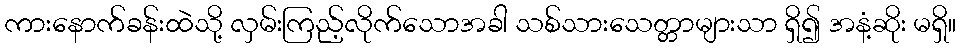
ကားနောက်ခန်းထဲသို့ လှမ်းကြည့်လိုက်သောအခါ သစ်သားသေတ္တာများသာ ရှိ၍ အနံ့ဆိုး မရှိ။